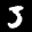
Label: 3